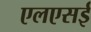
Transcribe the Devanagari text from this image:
एलएसई